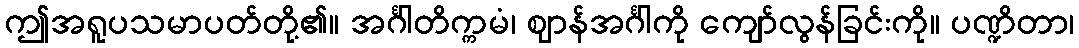
ဤအရူပသမာပတ်တို့၏။ အင်္ဂါတိက္ကမံ၊ ဈာန်အင်္ဂါကို ကျော်လွန်ခြင်းကို။ ပဏ္ဍိတာ၊